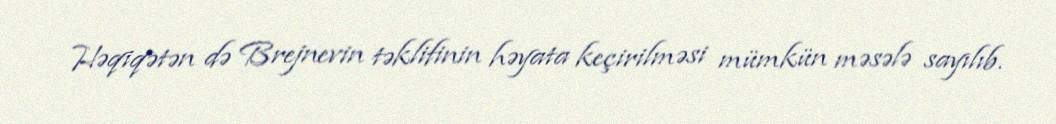
Həqiqətən də Brejnevin təklifinin həyata keçirilməsi mümkün məsələ sayılıb.